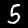
Digit: 5